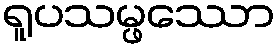
ရူပသမ္ဖဿော